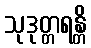
သုဒုတ္တရန္တိ